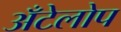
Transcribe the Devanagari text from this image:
अँटेलोप